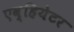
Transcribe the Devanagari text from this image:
एव्हियेटर